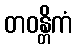
တဝန္တိကံ